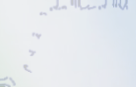
مكتبة المعرفة تقدم لكم مج